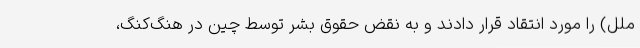
ملل) را مورد انتقاد قرار دادند و به نقض حقوق بشر توسط چین در هنگ‌کنگ،